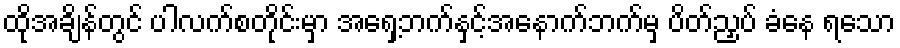
ထိုအချိန်တွင် ပါလက်စတိုင်းမှာ အရှေ့ဘက်နှင့်အနောက်ဘက်မှ ပိတ်ညှပ် ခံနေ ရသော